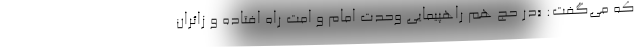
که می‌گفت: «در حج هم راهپیمایی وحدت امام و امت راه افتاده و زائران